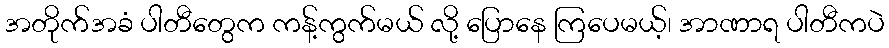
အတိုက်အခံ ပါတီတွေက ကန့်ကွက်မယ် လို့ ပြောနေ ကြပေမယ့်၊ အာဏာရ ပါတီကပဲ